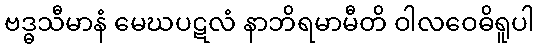
ဗဒ္ဓသီမာနံ မေဃပဋလံ နာဘိရမာမီတိ ဝါလဝေဓိရူပါ